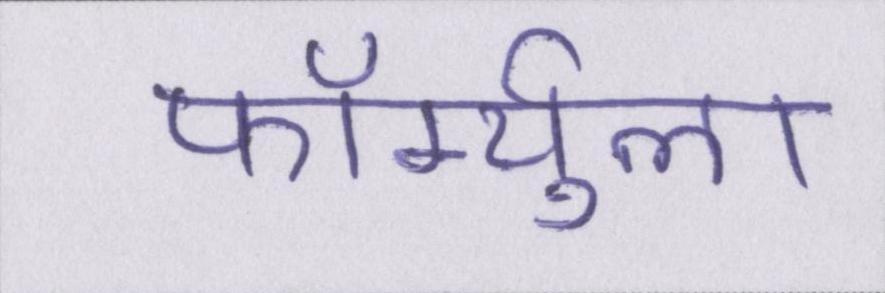
फॉर्म्युला